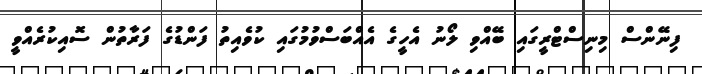
ފިނޭންސް މިނިސްޓްރީގައި ބޭއްވި ލޯނު އެހީގެ އެއްބަސްވުމުގައި ކުވެއިތު ފަންޑުގެ ފަރާތުން ސޮއިކުރެއްވީ